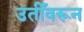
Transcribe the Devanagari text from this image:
उतीँवरून